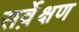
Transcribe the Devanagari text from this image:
सर्वे़क्षण